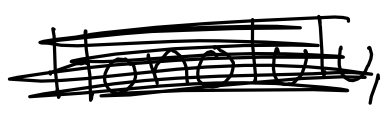
Text: Honolulu,
Cross-out: scratch
Writing tool: digital_black